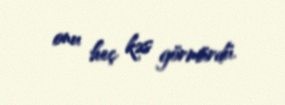
onu heç kəs görmürdü.